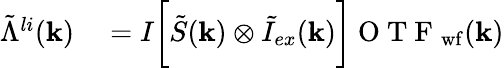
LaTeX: \begin{array}{rl}{\tilde{\Lambda}^{li}(\mathbf{k})}&{{}=I\bigg[\tilde{S}(\mathbf{k})\otimes\tilde{I}_{ex}(\mathbf{k})\bigg]\mathrm{~O~T~F~}_{\mathrm{wf}}(\mathbf{k})}\end{array}